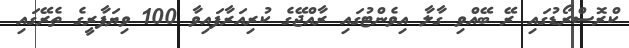
ކްރޮސްރޯޑުގައި ރޭ ބޭއްވި ގާލާ އިވެންޓުގައި ރާއްޖޭގެ ކުރިއަރާފައިވާ 100 ވިޔަފާރީގެ ތެރޭގައި